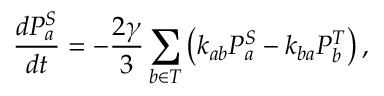
\frac { d P _ { a } ^ { S } } { d t } = - \frac { 2 \gamma } { 3 } \sum _ { b \in T } \left( k _ { a b } P _ { a } ^ { S } - k _ { b a } P _ { b } ^ { T } \right) ,